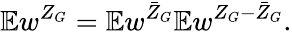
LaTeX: \mathbb{E}w^{Z_{G}}=\mathbb{E}w^{\bar{Z}_{G}}\mathbb{E}w^{Z_{G}-\bar{Z}_{G}}.